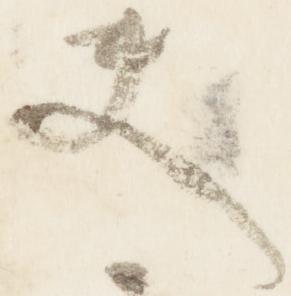
夫